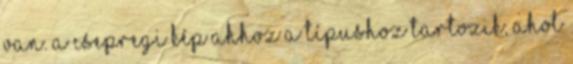
van. A csepregi kép ahhoz a típushoz tartozik, ahol